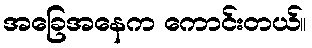
အခြေအနေက ကောင်းတယ်။